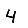
Digit: 4